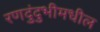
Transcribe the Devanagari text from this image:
रणदुंदुभीमधील